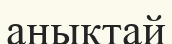
анықтай